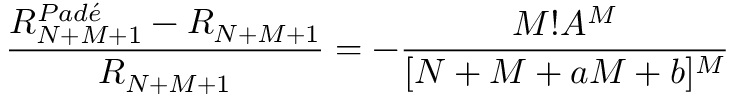
\frac { R _ { N + M + 1 } ^ { P a d \acute { e } } - R _ { N + M + 1 } } { R _ { N + M + 1 } } = - \frac { M ! A ^ { M } } { [ N + M + a M + b ] ^ { M } }